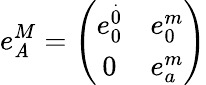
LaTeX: e_{\mathit{A}}^{M}=\left(\begin{array}{cc}{{e_{0}^{\stackrel{.}{0}}}}&{{e_{0}^{m}}}\\ {{0}}&{{e_{a}^{m}}}\end{array}\right)